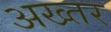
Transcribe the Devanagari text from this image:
अख्‍तर